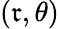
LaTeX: (\mathfrak{r},\theta)